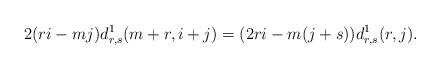
LaTeX: \begin{align*}2(ri-mj)d^1_{r,s}(m+r,i+j)=(2ri-m(j+s))d^1_{r,s}(r,j).\end{align*}